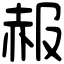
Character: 赧